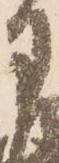
月